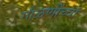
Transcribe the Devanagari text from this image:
गौळणींच्वा